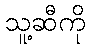
သူ့ဆီကို